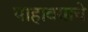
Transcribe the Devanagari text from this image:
पाहावयाचे